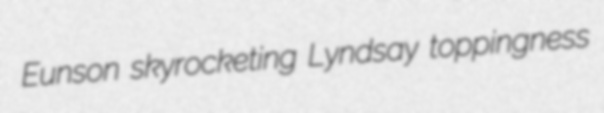
Eunson skyrocketing Lyndsay toppingness